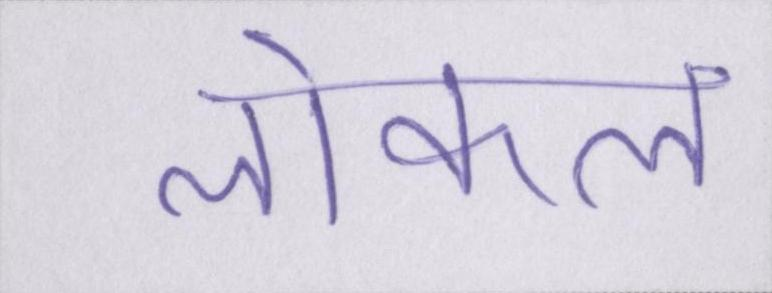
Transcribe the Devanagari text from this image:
लोकल